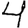
Digit: 4